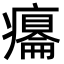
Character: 𤻋